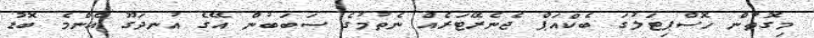
މިގޮތުން ހޮސްޕިޓަލުގަ ބެކްއަޕް ޖެނެރޭޓަރެއް ނެތުމުގެ ސަބަބުން އޭގެ އުނދަގޫ އެންމެ ބޮޑު